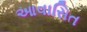
આવાસિત